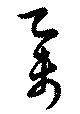
舉